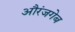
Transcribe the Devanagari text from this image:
औरंजगेब